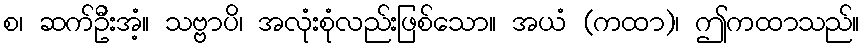
စ၊ ဆက်ဦးအံ့။ သဗ္ဗာပိ၊ အလုံးစုံလည်းဖြစ်သော။ အယံ (ကထာ)၊ ဤကထာသည်။